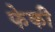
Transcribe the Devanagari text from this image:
फेकी